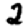
Digit: 2